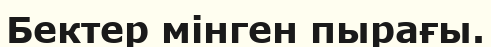
Бектер мінген пырағы.